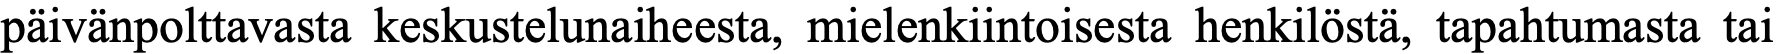
päivänpolttavasta keskustelunaiheesta, mielenkiintoisesta henkilöstä, tapahtumasta tai